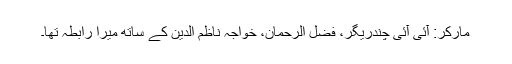
مارکر: آئی آئی چندریگر، فضل الرحمان، خواجہ ناظم الدین کے ساتھ میرا رابطہ تھا۔